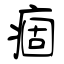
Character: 痼